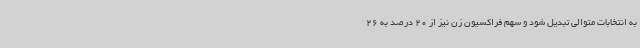
به انتخابات متوالی تبدیل شود و سهم فراکسیون زن نیز از 20 درصد به 26